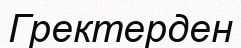
Гректерден